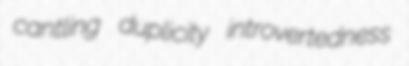
cantling duplicity introvertedness